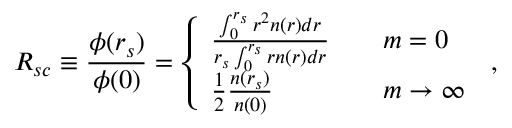
R _ { s c } \equiv \frac { \phi ( r _ { s } ) } { \phi ( 0 ) } = \left\{ \begin{array} { l l } { \frac { \int _ { 0 } ^ { r _ { s } } r ^ { 2 } n ( r ) d r } { r _ { s } \int _ { 0 } ^ { r _ { s } } r n ( r ) d r } \quad } & { m = 0 } \\ { \frac 1 2 \frac { n ( r _ { s } ) } { n ( 0 ) } } & { m \to \infty } \end{array} \right. \, ,